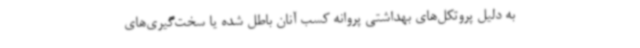
به دلیل پروتکل‌های بهداشتی پروانه کسب آنان باطل شده یا سخت‌گیری‌های